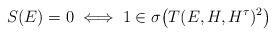
LaTeX: \begin{align*}S(E)=0 \iff 1\in\sigma\big(T(E,H,H^\tau)^2\big)\end{align*}